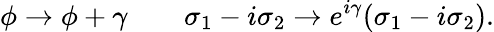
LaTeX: \phi\rightarrow\phi+\gamma\qquad\sigma_{1}-i\sigma_{2}\rightarrow e^{i\gamma}(\sigma_{1}-i\sigma_{2}).